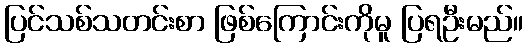
ပြင်သစ်သတင်းစာ ဖြစ်ကြောင်းကိုမူ ပြရဦးမည်။